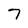
Character: 7